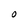
Character: O